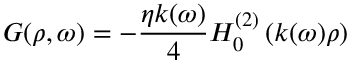
G ( \rho , \omega ) = - \frac { \eta k ( \omega ) } { 4 } H _ { 0 } ^ { ( 2 ) } \left( k ( \omega ) \rho \right)